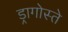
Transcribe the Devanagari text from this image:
ड्रागोस्ते